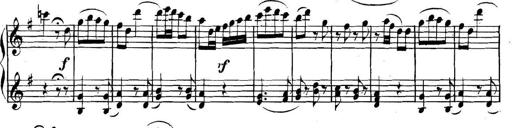
Title: Collected Piano Sonatas
Composer: Muzio Clementi